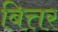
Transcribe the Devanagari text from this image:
बित्तर